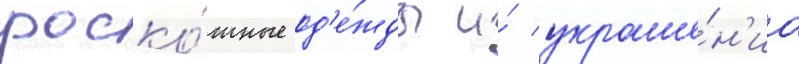
роско́шные од'е́жды и́ украше́н'иа